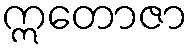
ဣတောဇာ